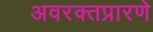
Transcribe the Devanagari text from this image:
अवरक्तप्रारणे